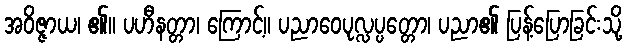
အဝိဇ္ဇာယ၊ ၏။ ပဟီနတ္တာ၊ ကြောင့်။ ပညာဝေပုလ္လပ္ပတ္တော၊ ပညာ၏ ပြန့်ပြောခြင်းသို့